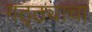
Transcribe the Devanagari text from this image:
गठ्ठ्याचा